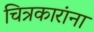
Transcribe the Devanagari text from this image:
चित्रकारांना